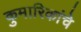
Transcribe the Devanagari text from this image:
कुमारिकांचे